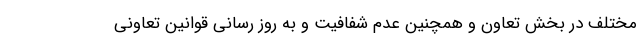
مختلف در بخش تعاون و همچنین عدم شفافیت و به روز رسانی قوانین تعاونی